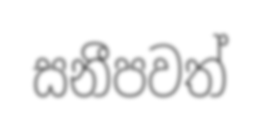
සනීපවත්